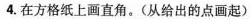
4.在方格纸上画直角。(从给出的点画起)